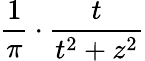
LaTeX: \frac{1}{\pi}\cdot\frac{t}{t^{2}+z^{2}}